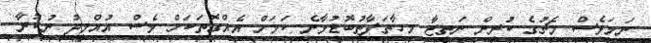
ނަމަވެސް މެޗުގެ ކުރިން ނަތީޖާ މިހާތަފާތުބޮޑުވާނެ ކަމަށް އެއްގޮތަކަށް ވެސް އުއްމީދު ނުކުރާ